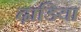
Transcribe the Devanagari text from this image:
ढ़ाडिया